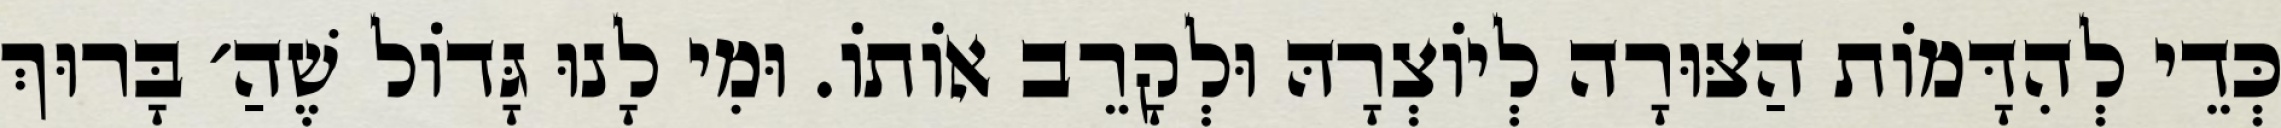
כְּדֵי לְהִדָּמוֹת הַצּוּרָה לְיוֹצְרָהּ וּלְקָרֵב אוֹתוֹ. וּמִי לָנוּ גָּדוֹל שֶׁהַ׳ בָּרוּךְ